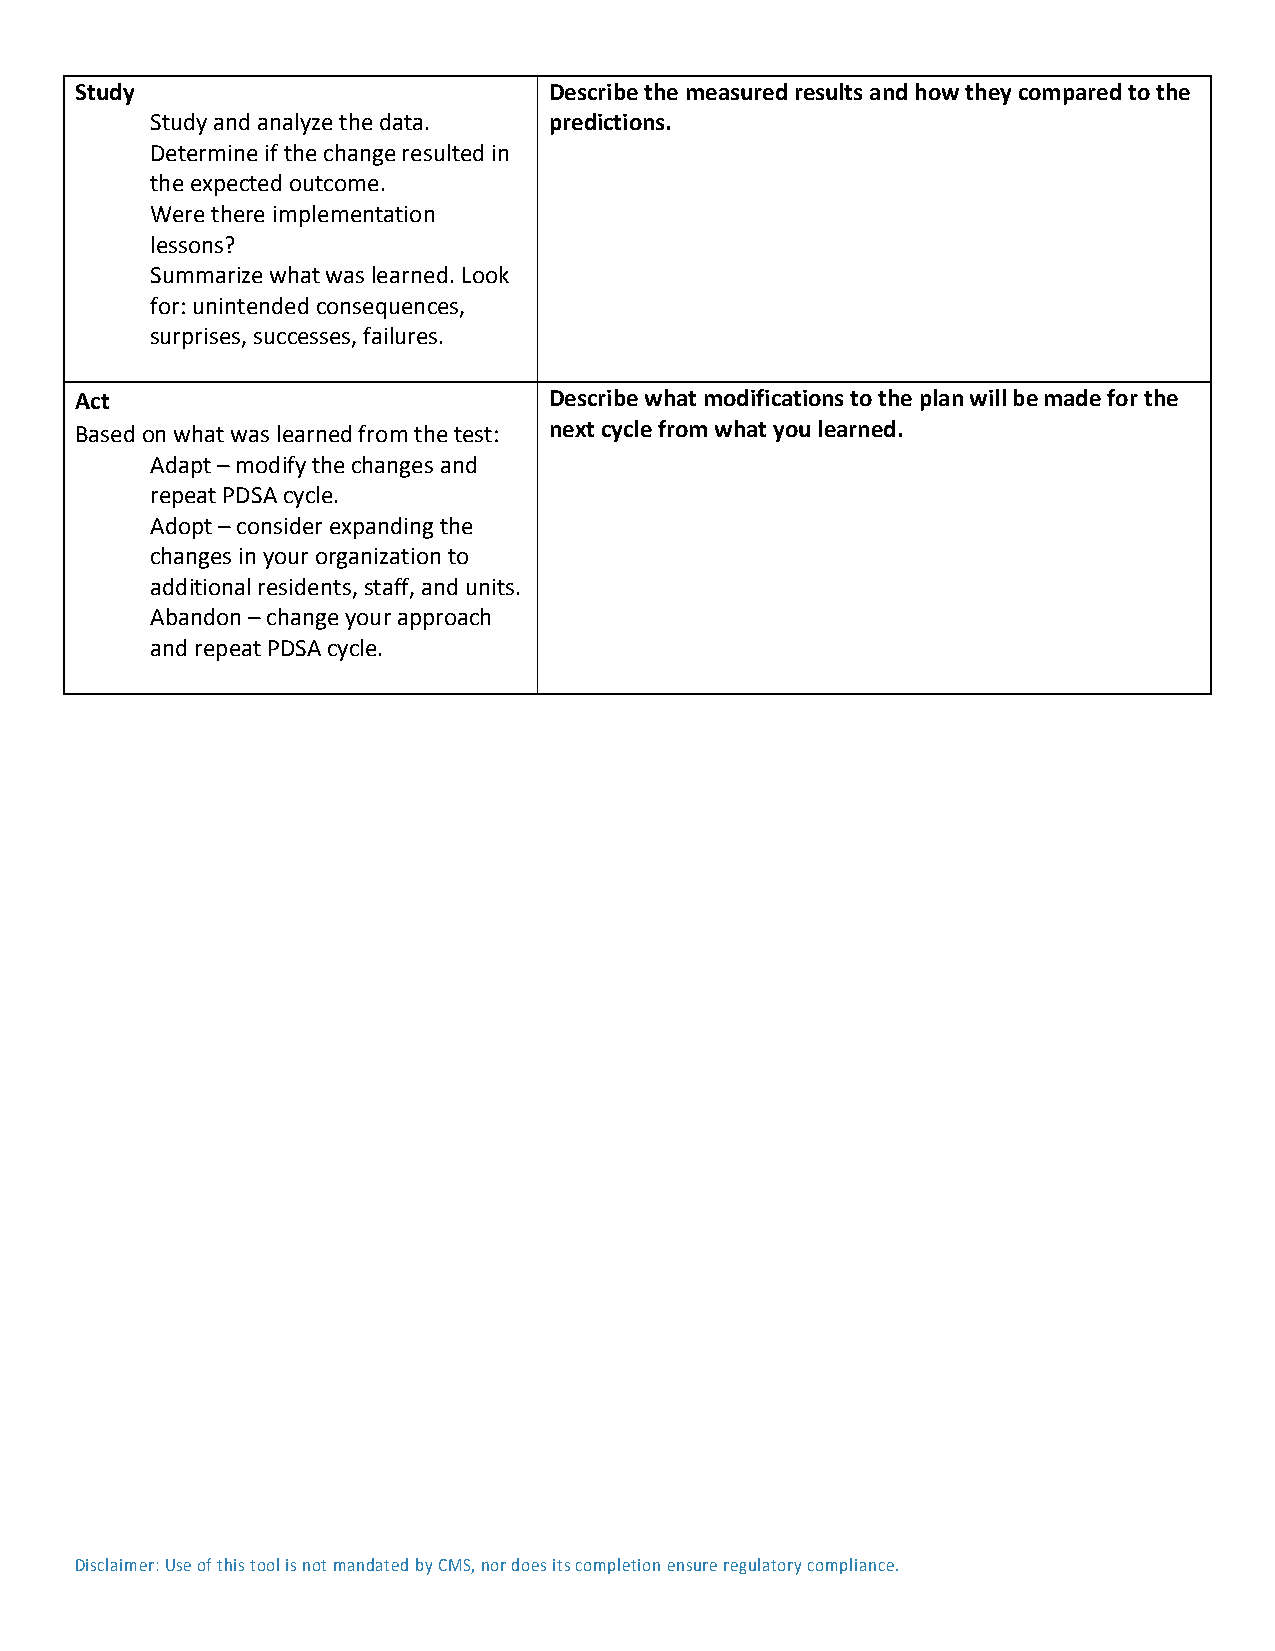
Study                          Describe the measured results and how they compared to the
 Study and analyze the data. predictions.
 Determine if the change resulted in
 the expected outcome.
 Were there implementation
 lessons?
 Summarize what was learned. Look
 for: unintended consequences,
 surprises, successes, failures.
 Act                            Describe what modifications to the plan will be made for the
 Based on what was learned from the test: next cycle from what you learned.
 Adapt – modify the changes and
 repeat PDSA cycle.
 Adopt – consider expanding the
 changes in your organization to
 additional residents, staff, and units.
 Abandon – change your approach
 and repeat PDSA cycle.
 Disclaimer: Use of this tool is not mandated by CMS, nor does its completion ensure regulatory compliance.